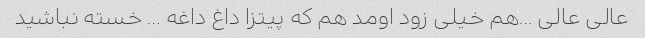
عالی عالی …هم خیلی زود اومد هم که پیتزا داغ داغه … خسته نباشید